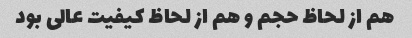
هم از لحاظ حجم و هم از لحاظ کیفیت عالی بود